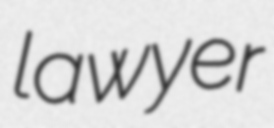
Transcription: lawyer